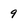
Character: 9